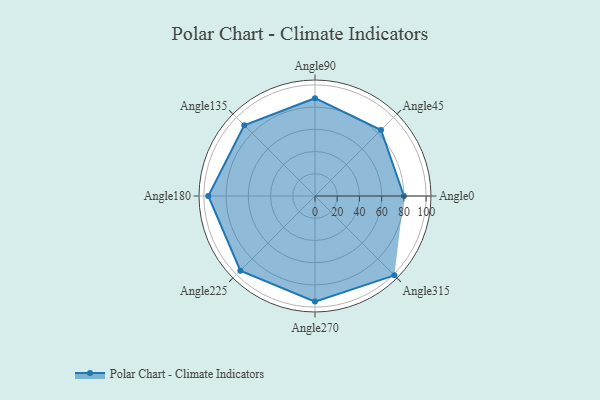
{"axis": {"x": "Angle", "y": "Radius"}, "legend": [""], "data": [{"x": "Angle0", "y": 80.0, "type": ""}, {"x": "Angle45", "y": 84.0, "type": ""}, {"x": "Angle90", "y": 88.0, "type": ""}, {"x": "Angle135", "y": 90.0, "type": ""}, {"x": "Angle180", "y": 96.0, "type": ""}, {"x": "Angle225", "y": 95.0, "type": ""}, {"x": "Angle270", "y": 95.0, "type": ""}, {"x": "Angle315", "y": 101.0, "type": ""}]}